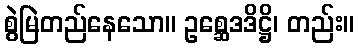
စွဲမြဲတည်နေသော။ ဥစ္ဆေဒဒိဋ္ဌိ၊ တည်း။